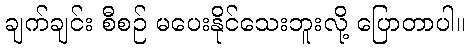
ချက်ချင်း စီစဉ် မပေးနိုင်သေးဘူးလို့ ပြောတာပါ။